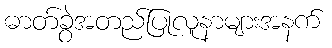
ဓာတ်ခွဲအတည်ပြုလူနာများအနက်